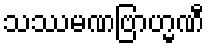
သဿမဏဗြာဟ္မဏီ